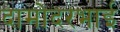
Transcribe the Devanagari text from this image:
दामोदरभाई